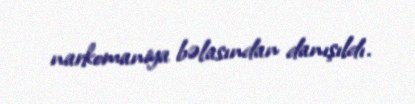
narkomaniya bəlasından danışıldı.